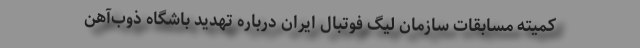
کمیته مسابقات سازمان لیگ فوتبال ایران درباره تهدید باشگاه ذوب‌آهن